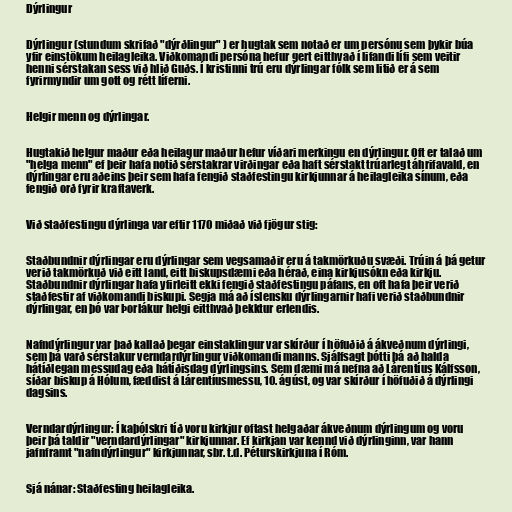
Dýrlingur

Dýrlingur (stundum skrifað "dýrðlingur" ) er hugtak sem notað er um persónu sem þykir búa
yfir einstökum heilagleika. Viðkomandi persóna hefur gert eitthvað í lifandi lífi sem veitir
henni sérstakan sess við hlið Guðs. Í kristinni trú eru dýrlingar fólk sem litið er á sem
fyrirmyndir um gott og rétt líferni.

Helgir menn og dýrlingar.

Hugtakið helgur maður eða heilagur maður hefur víðari merkingu en dýrlingur. Oft er talað um
"helga menn" ef þeir hafa notið sérstakrar virðingar eða haft sérstakt trúarlegt áhrifavald, en
dýrlingar eru aðeins þeir sem hafa fengið staðfestingu kirkjunnar á heilagleika sínum, eða
fengið orð fyrir kraftaverk.

Við staðfestingu dýrlinga var eftir 1170 miðað við fjögur stig:

Staðbundnir dýrlingar eru dýrlingar sem vegsamaðir eru á takmörkuðu svæði. Trúin á þá getur
verið takmörkuð við eitt land, eitt biskupsdæmi eða hérað, eina kirkjusókn eða kirkju.
Staðbundnir dýrlingar hafa yfirleitt ekki fengið staðfestingu páfans, en oft hafa þeir verið
staðfestir af viðkomandi biskupi. Segja má að íslensku dýrlingarnir hafi verið staðbundnir
dýrlingar, en þó var Þorlákur helgi eitthvað þekktur erlendis.

Nafndýrlingur var það kallað þegar einstaklingur var skírður í höfuðið á ákveðnum dýrlingi,
sem þá varð sérstakur verndardýrlingur viðkomandi manns. Sjálfsagt þótti þá að halda
hátíðlegan messudag eða hátíðisdag dýrlingsins. Sem dæmi má nefna að Lárentíus Kálfsson,
síðar biskup á Hólum, fæddist á Lárentíusmessu, 10. ágúst, og var skírður í höfuðið á dýrlingi
dagsins.

Verndardýrlingur: Í kaþólskri tíð voru kirkjur oftast helgaðar ákveðnum dýrlingum og voru
þeir þá taldir "verndardýrlingar" kirkjunnar. Ef kirkjan var kennd við dýrlinginn, var hann
jafnframt "nafndýrlingur" kirkjunnar, sbr. t.d. Péturskirkjuna í Róm.

Sjá nánar: Staðfesting heilagleika.